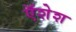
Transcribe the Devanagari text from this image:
ऍशेश